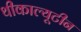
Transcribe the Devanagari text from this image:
थीकाल्यूटीन